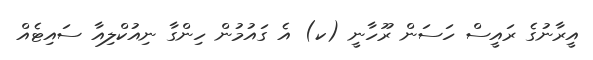
އީރާނުގެ ރައީސް ހަސަން ރޫހާނީ (ކ) އެ ގައުމުން ހިންގާ ނިއުކްލިއާ ސައިޓެއް